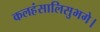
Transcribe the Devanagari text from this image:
कलहंसालिसुभगे।